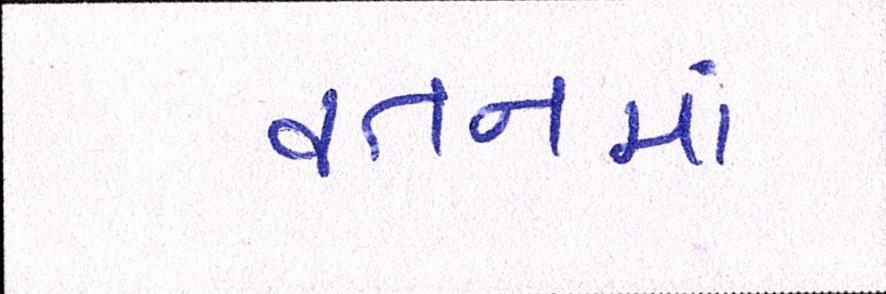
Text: વતનમાં